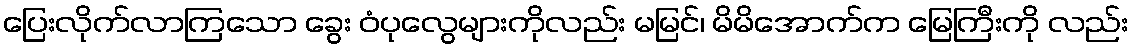
ပြေးလိုက်လာကြသော ခွေး ဝံပုလွေများကိုလည်း မမြင်၊ မိမိအောက်က မြေကြီးကို လည်း